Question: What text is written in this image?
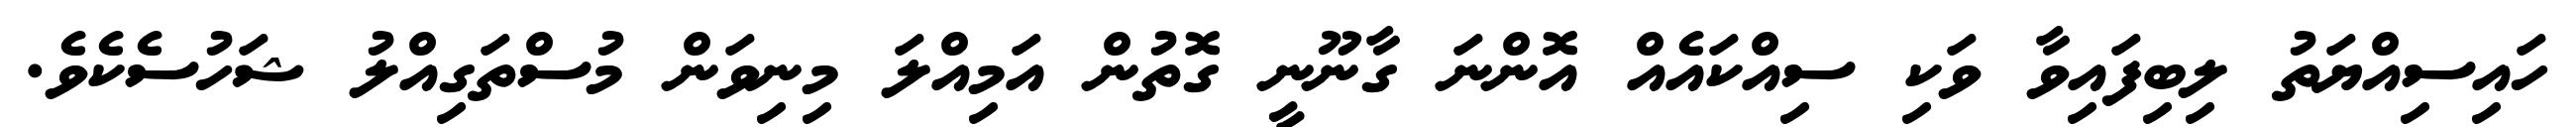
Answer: ހައިސިއްޔަތު ލިބިފައިވާ ވަކި ސިއްކައެއް އޮންނަ ގާނޫނީ ގޮތުން އަމިއްލަ މިނިވަން މުސްތަގިއްލު ޝަހުސެކެވެ.